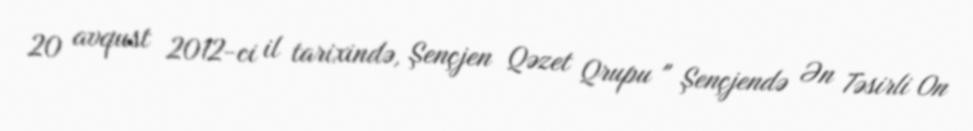
20 avqust 2012-ci il tarixində, Şençjen Qəzet Qrupu " Şençjendə Ən Təsirli On